Leaving Certificate Examination, 1919
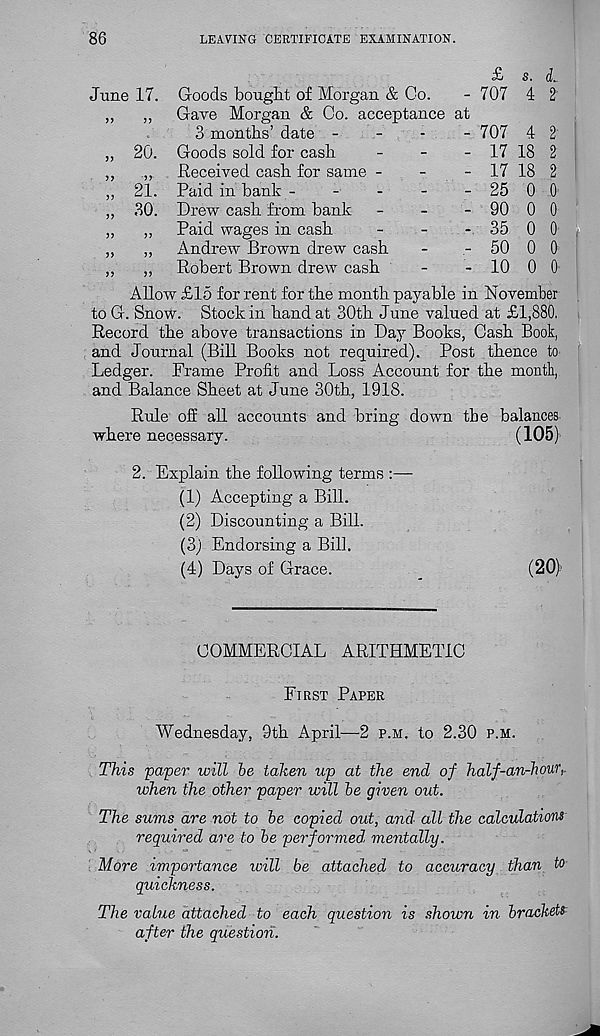
86
LEAVING CERTIFICATE EXAMINATION.
£ S. (L
June 17. Goods bought of Morgan & Co.
- 707 4 2
,,
,,
Gave Morgan & Co. acceptance at
3 months’ date -
-
-
- 707 4 2
20. Goods sold for cash
-
-
- 17 18 2
„
Received cash for same -
-
- 17 18 2
21. Paid in bank -
-
- 25
30. Drew cash from bank
-
-
- 90
,,
Paid wages in cash
-
-
- 35
,,
Andrew Brown drew cash
-
- 50 0 0
,,
Robert Brown drew cash
-
- 10 0 0
0 0
0 0
0 0
Allow £15 for rent for the month payable in November
to G. Snow. Stock in hand at 30th June valued at £1,880.
Record the above transactions in Day Books, Cash Book,
and Journal (Bill Books not required). Post thence to
Ledger. Frame Profit and Loss Account for the month,
and Balance Sheet at June 30th, 1918.
Rule off all accounts and bring down the balances
where necessary.
(105)
2. Explain the following terms :—
(1) Accepting a Bill.
(2) Discounting a Bill.
(3) Endorsing a Bill.
(4) Days of Grace.
(20)
COMMERCIAL ARITHMETIC
First Paper
Wednesday, 9th April—2 p.m. to 2.30 p.m.
This paper will be taken up at the end of half-an-hour,
when the other paper will be given out.
The sums are not to be copied out, and' all the calculations
required are to be performed mentally.
More importance will be attached to accuracy than to
quickness.
The value attached to each question is shown in brackets
after the question.